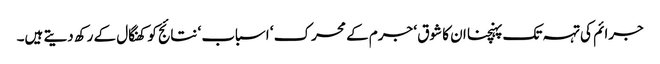
جرائم کی تہہ تک پہنچنا ان کا شوق ‘ جرم کے محرک ‘ اسباب ‘ نتائج کو کھنگال کے رکھ دیتے ہیں۔